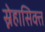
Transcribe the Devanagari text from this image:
स्नेहासिक्त